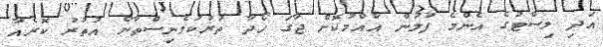
އަދި ލިސްޓުގެ އެންމެ ފުލުން އާއްމުކޮށް ޖާގަ ހޯދާ ތުރުކުމެނިސްތާން އުތުރު ކޮރެއާ